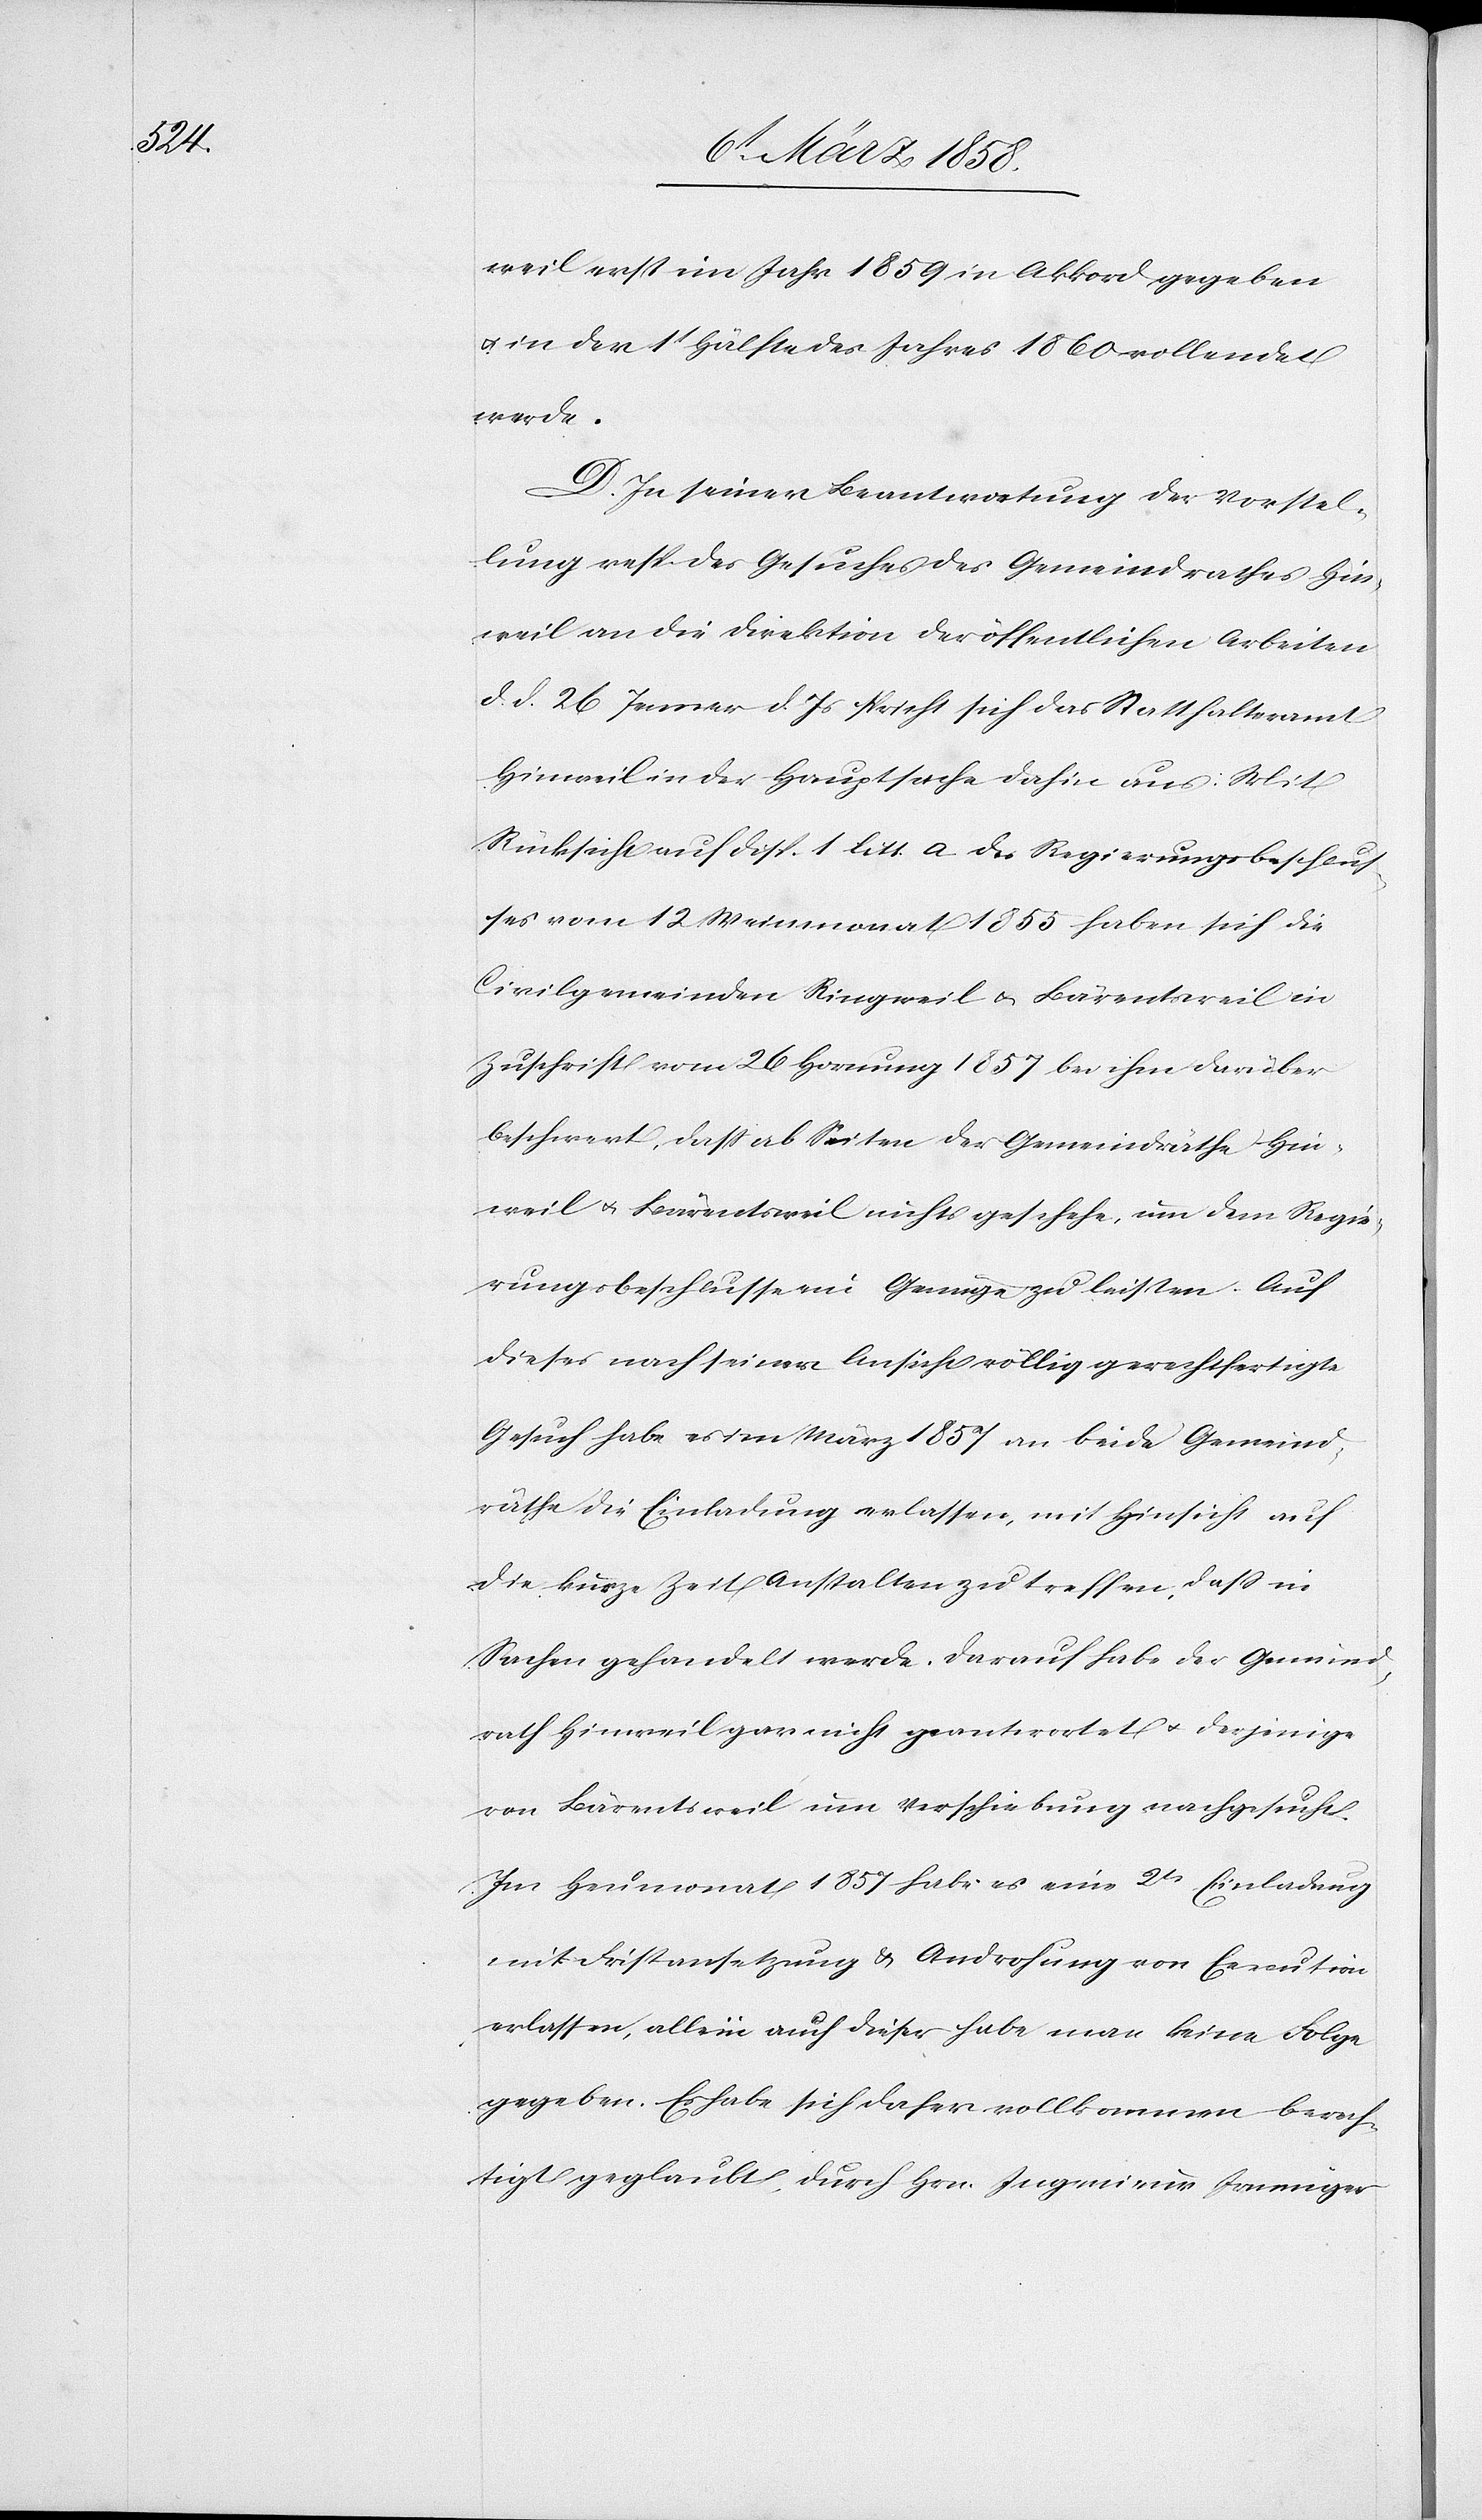
weil erst im Jahr 1859 in Akkord gegeben
u. in der 1t Hälfte des Jahres 1860 vollendet
werde.
D. In seiner Beantwortung der Vorstel¬
lung resp. des Gesuches des Gemeindrathes Hin¬
weil an die Direktion der öffentlichen Arbeiten
d. d. 26. Jenner d. Js. spricht sich das Statthalteramt
Hinweil in der Hauptsache dahin aus: Mit
Rücksicht auf Disp 1 litt. a des Regierungsbeschlus¬
ses vom 12. Weinmonat 1855 haben sich die
Civilgemeinden Ringweil u. Bärentsweil in
Zuschrift vom 26. Hornung 1857 bei ihm darüber
beschwert, daß ab Seiten der Gemeindräthe Hin¬
weil u. Bärentsweil nichts geschehe, um dem Regie¬
rungsbeschlusse ein Genüge zu leisten. Auf
dieses nach seiner Ansicht völlig gerechtfertigte
Gesuch habe er im März 1857 an beide Gemeind¬
räthe die Einladung erlassen, mit Hinsicht auf
die kurze Zeit Anstalten zu treffen, daß in
Sachen gehandelt werde. Darauf habe der Gemeind¬
rath Hinweil gar nicht geantwortet u. derjenige
von Bärentsweil um Verschiebung nachgesucht.
Im Heumonat 1857 habe es eine 2te Einladung
mit Fristansetzung u. Androhung von Execution
erlassen, allein auch dieser habe man keine Folge
gegeben. Er habe sich daher vollkommen berech¬
tigt geglaubt, durch Hrn. Ingenieur Irminger